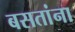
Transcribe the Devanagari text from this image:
बसतांना